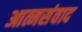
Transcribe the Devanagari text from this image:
आत्मसंवाद